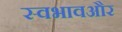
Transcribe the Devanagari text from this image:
स्वभावऔर